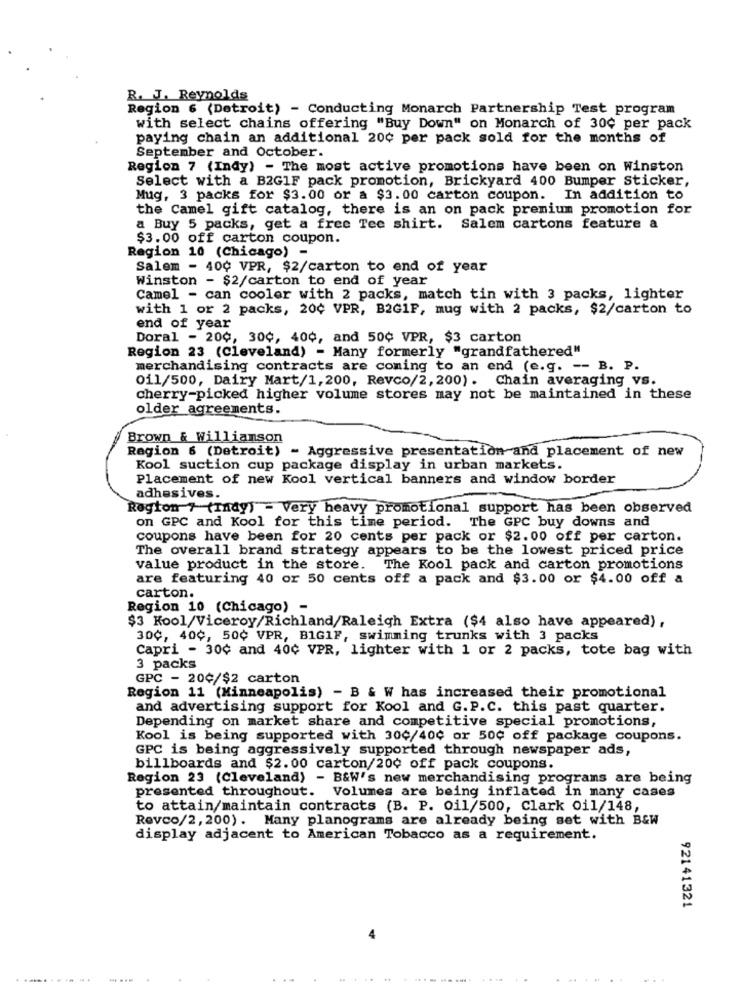
R. J. Reynolds
Region 6 (Detroit) - Conducting Monarch Partnership Test program
with select chains offering "Buy Down" on Monarch of 30¢ per pack
paying chain an additional 20¢ per pack sold for the months of
September and October.
Region 7 (Indy) - The most active promotions have been on Winston
Select with a B2GIF pack promotion, Brickyard 400 Bumper Sticker,
Mug, 3 packs for $3.00 or a $3.00 carton coupon. In addition to
the Camel gift catalog, there is an on pack premium promotion for
a Buy 5 packs, get a free Tee shirt. Salem cartons feature a
$3.00 off carton coupon.
Region 10 (Chicago) -
Salem - 40¢ VPR, $2/carton to end of year
Winston - $2/carton to end of year
Camel - can cooler with 2 packs, match tin with 3 packs, lighter
with 1 or 2 packs, 20¢ VPR, B2GIF, mug with 2 packs, $2/carton to
end of year
Doral - 20¢, 30¢, 40¢, and 50¢ VPR, $3 carton
Region 23 (Cleveland) - Many formerly "grandfathered"
merchandising contracts are coming to an end (e.g. -- B. P.
Oil/500, Dairy Mart/1,200, Revco/2, 200). Chain averaging vs.
cherry-picked higher volume stores may not be maintained in these
older agreements.
Brown & Willianson
Region 6 (Detroit) - Aggressive presentation and placement of new
Kool suction cup package display in urban markets.
Placement of new Kool vertical banners and window border
adhesives.
Region 1 (Indy) - Very heavy promotional support has been observed
on GPC and Kool for this time period. The GPC buy downs and
coupons have been for 20 cents per pack or $2.00 off per carton.
The overall brand strategy appears to be the lowest priced price
value product in the store.
The Kool pack and carton promotions
are featuring 40 or 50 cents off a pack and $3.00 or $4.00 off a
carton.
Region 10 (Chicago) -
$3 Kool/Viceroy/Richland/Raleigh Extra ($4 also have appeared) ,
30¢, 40¢, 50¢ VPR, B1GIF, swimming trunks with 3 packs
Capri - 300 and 40¢ VPR, lighter with 1 or 2 packs, tote bag with
3 packs
GPC - 20¢/$2 carton
Region 11 (Minneapolis) - B & W has increased their promotional
and advertising support for Kool and G. P.C. this past quarter.
Depending on market share and competitive special promotions,
Kool is being supported with 300/40¢ or 500 off package coupons.
GPC is being aggressively supported through newspaper ads,
billboards and $2.00 carton/20¢ off pack coupons.
Region 23 (Cleveland) - B&W's new merchandising programs are being
presented throughout. Volumes are being inflated in many cases
to attain/maintain contracts (B. P. Oil/500, Clark oil/148,
Revco/2, 200). Many planograms are already being set with B&W
display adjacent to American Tobacco as a requirement.
92141321
.....